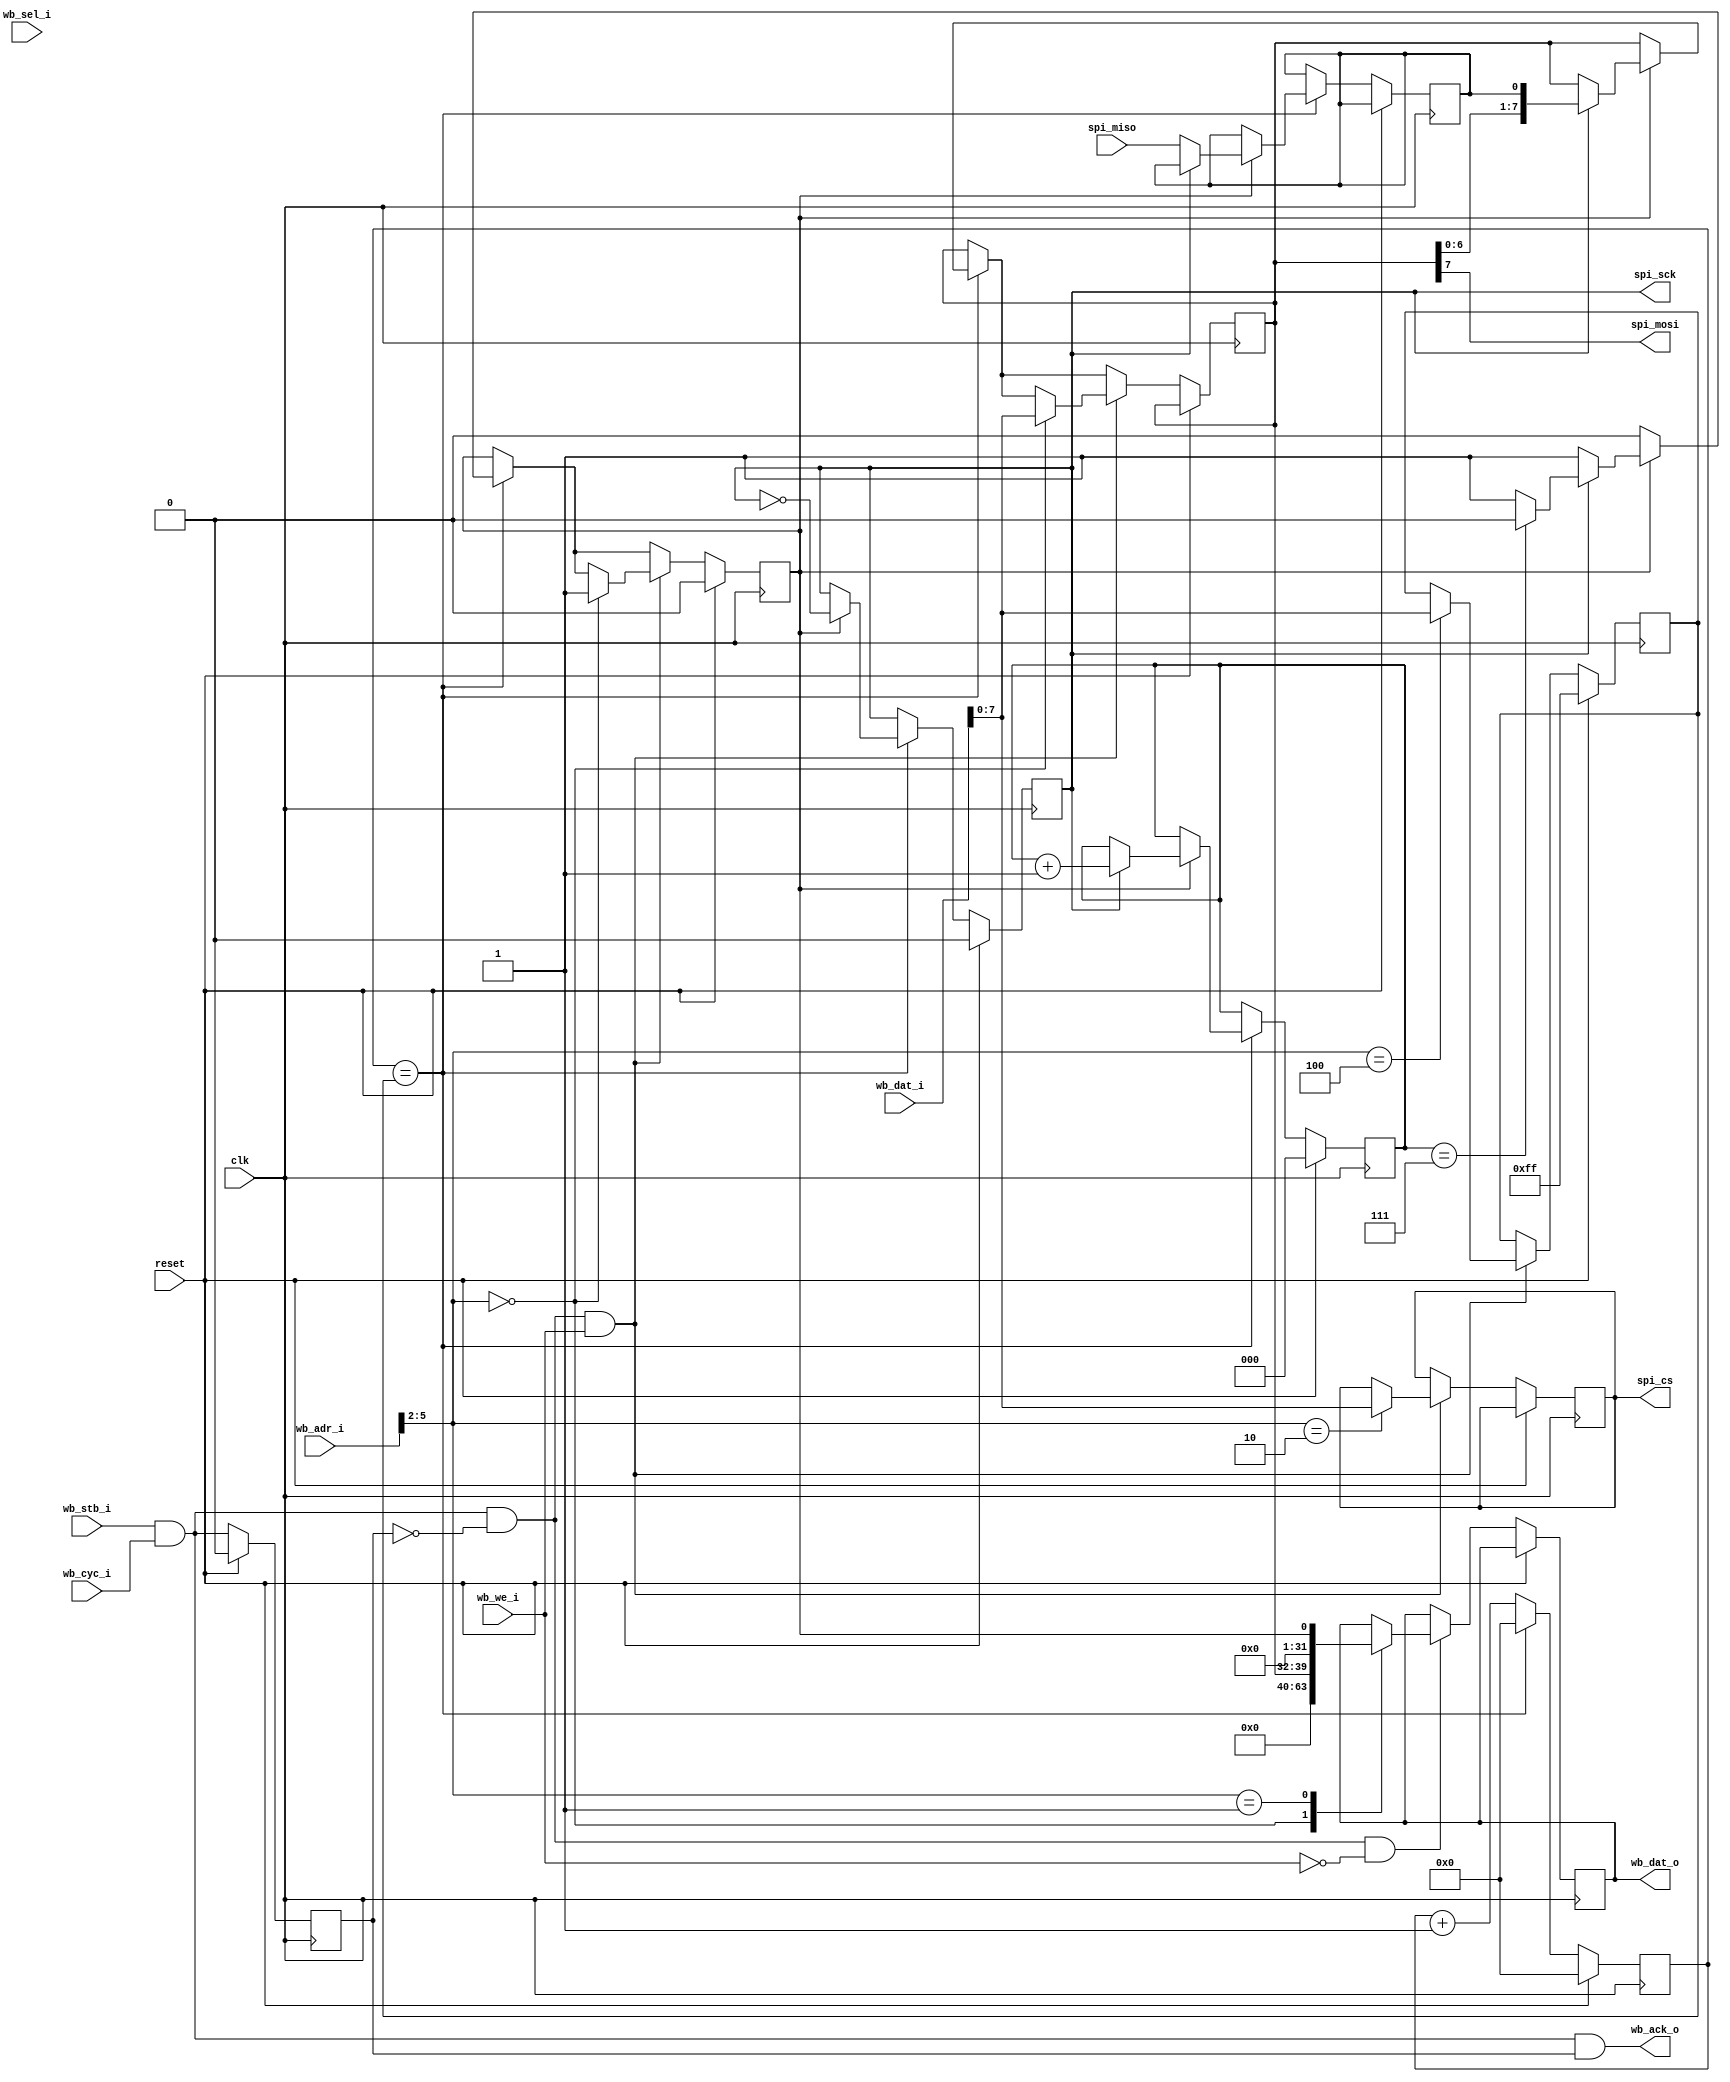
//-----------------------------------------------------------------
// SPI Master
//-----------------------------------------------------------------

module wb_spi(
	input               clk,
	input               reset,
	// Wishbone bus
	input      [31:0]   wb_adr_i,
	input      [31:0]   wb_dat_i,
	output reg [31:0]   wb_dat_o,
	input      [ 3:0]   wb_sel_i,
	input               wb_cyc_i,
	input               wb_stb_i,
	output              wb_ack_o,
	input               wb_we_i,
	// SPI 
	output              spi_sck,
	output              spi_mosi,
	input               spi_miso,
	output reg   [7:0]  spi_cs
);


	reg  ack;
	assign wb_ack_o = wb_stb_i & wb_cyc_i & ack;

	wire wb_rd = wb_stb_i & wb_cyc_i & ~ack & ~wb_we_i;
	wire wb_wr = wb_stb_i & wb_cyc_i & ~ack & wb_we_i;

	
	reg [2:0] bitcount;
	reg ilatch;
	reg run;

	reg sck;

	//prescaler registers for sclk
	reg [7:0] prescaler;
	reg [7:0] divisor;

	//data shift register
	reg [7:0] sreg;

	assign spi_sck = sck;
	assign spi_mosi = sreg[7];

	always @(posedge clk) begin
		if (reset == 1'b1) begin
			ack      <= 0;
			sck <= 1'b0;
			bitcount <= 3'b000;
			run <= 1'b0;
			prescaler <= 8'h00;
			divisor <= 8'hff;
		end else begin
			prescaler <= prescaler + 1;
			if (prescaler == divisor) begin
				prescaler <= 8'h00;
				if (run == 1'b1) begin
					sck <= ~sck;
					if(sck == 1'b1) begin
						bitcount <= bitcount + 1;
						if(bitcount == 3'b111) begin
							run <= 1'b0;
						end
						
						sreg [7:0] <= {sreg[6:0], ilatch};
					end else begin
						ilatch <= spi_miso;
					end
				end
			end

			ack <= wb_stb_i & wb_cyc_i;
			
			if (wb_rd) begin           // read cycle
				case (wb_adr_i[5:2])
					4'b0000: wb_dat_o <= sreg;
					4'b0001: wb_dat_o <= {7'b0000000 , run};
				endcase
			end
			
			
			if (wb_wr) begin // write cycle
				case (wb_adr_i[5:2])
					4'b0000: begin
							sreg    <=  wb_dat_i[7:0];
							run     <=  1'b1;
						end
					4'b0010:
							spi_cs  <=  wb_dat_i[7:0];
					4'b0100: 
							divisor <=  wb_dat_i[7:0];
				endcase
			end
		end
	end


endmodule